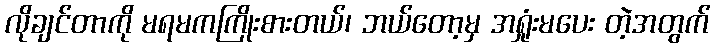
လိုချင်တာကို မရမကကြိုးစားတယ်၊ ဘယ်တော့မှ အရှုံးမပေး တဲ့အတွက်